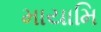
માયામિ